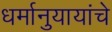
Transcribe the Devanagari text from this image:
धर्मानुयायांचे